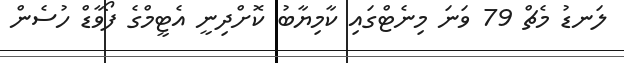
ލަނޑު މެޗް 79 ވަނަ މިނެޓްގައި ކާމިޔާބު ކޮށްދިނީ އެޓީމްގެ ފޯވާޑް ހުސެން